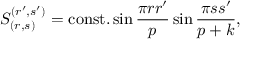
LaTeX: S _ { ( r , s ) } ^ { ( r ^ { \prime } , s ^ { \prime } ) } = \mathrm { c o n s t . } \sin { \frac { \pi r r ^ { \prime } } { p } } \sin { \frac { \pi s s ^ { \prime } } { p + k } } ,